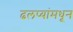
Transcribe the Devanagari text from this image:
ढलप्यांमधून